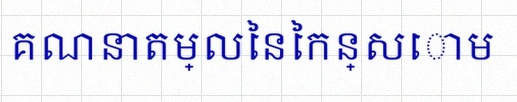
គណនាតម្លៃនៃកន្សោម